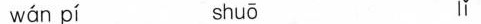
w\acute{a}n p\acute{i} shu\bar{o} l\check{i}